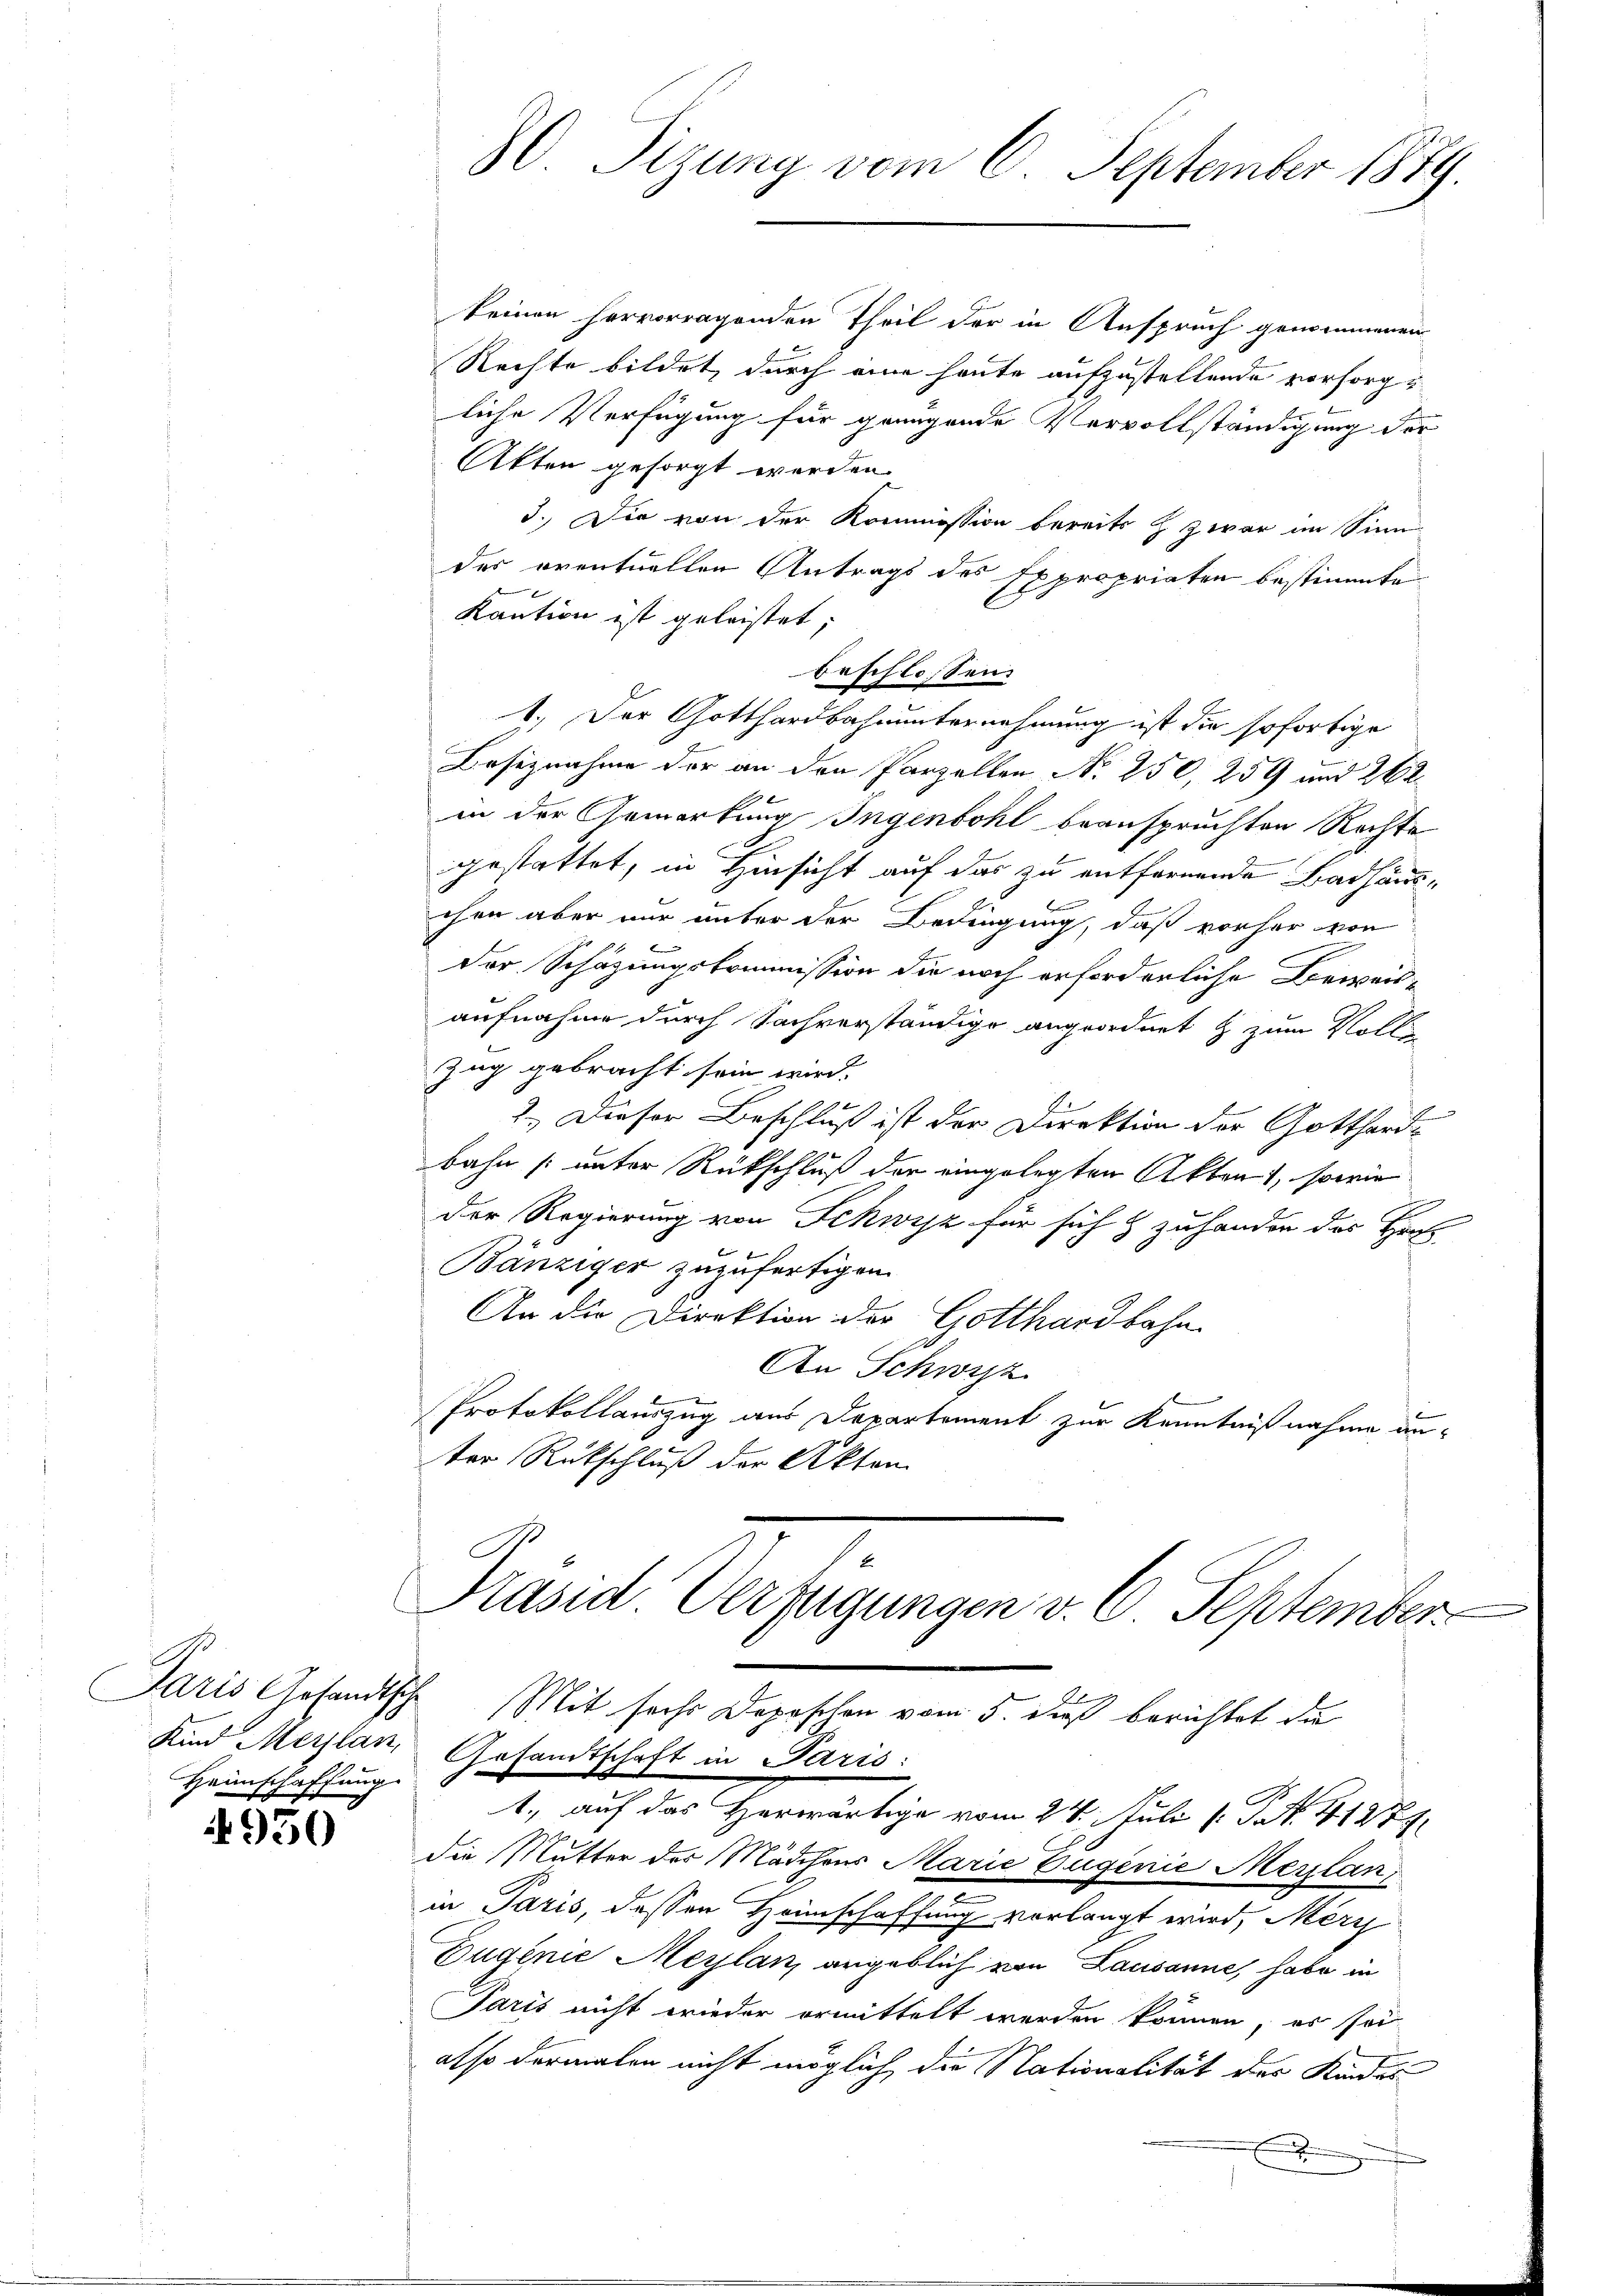
Heimschaffung

4950

keinen hervorragenden Theil der in Anspruch genommenen
Rechte bildet, durch eine heute aufzustellende vorsorgliche Verfügung für genügende Vervollständigung vor
Akten gesorgt werden.
d. Die von der Kommission bereits H. Zwar im Sinn
des eventuellen Antrags des Expropriaten bestimmte
b
kaution ist geleistet,
beschlossen:
1. Der Gotthardbahnunternehmung ist die sofortige
Besiznahme der an den Parzellen No 250, 259 und 262
in der Gemarkung Ingenbohl beanspruchten Rechte
6
gestattet, in Hinsicht auf das zu entfernende Badhauschen aber nur unter der Bedingung, daß vorher von
Der Schazungskommission die noch erforderliche Beweis-
aufnahme durch Sachverständige angeordnet & zum Volle
Zug gebracht sein wird.
t

2.) Dieser Beschluß ist der Direktion der Gotthard-
bahn (unter Rückschluß der eingelegten Akten, sowie
E
der Regierung von Schwyz für sich & zuhanden das Haus-
Bänziger zuzufertigen.
An die Direktion der Gotthardbahn
An Schwyz
Protokollauszug aus Departement zur Kenntnißnahme an-
ter Rückschluß der Akten
7
Präsid Verfügungen v. 6. September
Paris Gesandtsche Mit sechs Depeschen vom 5. dieß berichtet die
Kind Merlan, Gesandtschaft in Paris:
1., auf das Herwärtige vom 24. Juli 1 S. 41271.
die Mutter der Mädchens Marie Zuginie Merlan
in Paris, dessen Heimschaffung vorlangt wird, Merz
Duginie Meylan, angeblich von Lausanne, habe in
Paris nicht wieder ermittelt werden können, es sei
also dermalen nicht möglich die Nationalität des Kindes

80 Sizung vom 6. September 1889.